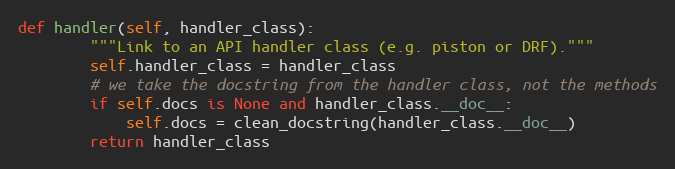
Language: Python
def handler(self, handler_class):
        """Link to an API handler class (e.g. piston or DRF)."""
        self.handler_class = handler_class
        # we take the docstring from the handler class, not the methods
        if self.docs is None and handler_class.__doc__:
            self.docs = clean_docstring(handler_class.__doc__)
        return handler_class